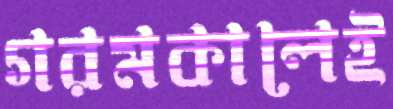
গরমকালেই